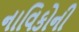
નાવિકોની